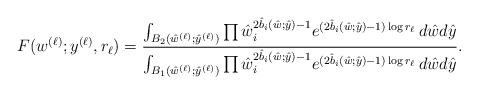
LaTeX: \begin{align*}F(w^{(\ell)};y^{(\ell)}, r_\ell) = \frac{\int_{B_2(\hat{w}^{(\ell)}; \hat{y}^{(\ell)})} \prod \hat{w}_i^{2 \hat{b}_i(\hat{w}; \hat{y})-1} e^{(2\hat{b}_i(\hat{w};\hat{y})-1)\log r_\ell}\, d\hat{w} d\hat{y}}{\int_{B_1(\hat{w}^{(\ell)}; \hat{y}^{(\ell)})} \prod \hat{w}_i^{2 \hat{b}_i(\hat{w}; \hat{y})-1} e^{(2\hat{b}_i(\hat{w};\hat{y})-1)\log r_\ell}\, d\hat{w} d\hat{y}}. \end{align*}